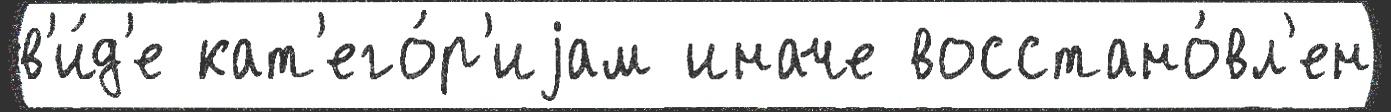
в'и́д'е кат'его́р'иjам иначе восстано́вл'ен